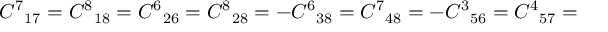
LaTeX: { C ^ { 7 } } _ { 1 7 } = { C ^ { 8 } } _ { 1 8 } = { C ^ { 6 } } _ { 2 6 } = { C ^ { 8 } } _ { 2 8 } = - { C ^ { 6 } } _ { 3 8 } = { C ^ { 7 } } _ { 4 8 } = - { C ^ { 3 } } _ { 5 6 } = { C ^ { 4 } } _ { 5 7 } =